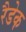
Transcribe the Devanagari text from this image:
रैडेक